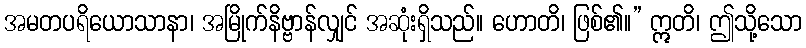
အမတပရိယောသာနာ၊ အမြိုက်နိဗ္ဗာန်လျှင် အဆုံးရှိသည်။ ဟောတိ၊ ဖြစ်၏။” ဣတိ၊ ဤသို့သော